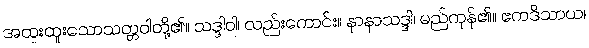
အထူးထူးသောသတ္တဝါတို့၏။ သဒ္ဒါဝါ၊ လည်းကောင်း။ နာနာသဒ္ဒါ၊ မည်ကုန်၏။ ဧကဒိသာယ၊